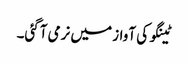
ٹینگو کی آواز میں نرمی آگئی۔